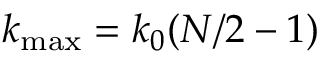
k _ { \mathrm { m a x } } = k _ { 0 } ( N / 2 - 1 )